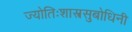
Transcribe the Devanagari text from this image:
ज्योतिःशास्त्रसुबोधिनी